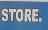
store.